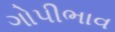
ગોપીભાવ